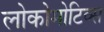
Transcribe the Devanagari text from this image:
लोकोमोटिव्स